Structure of Hæmatopota pluvialis (Meigen) - Number 55
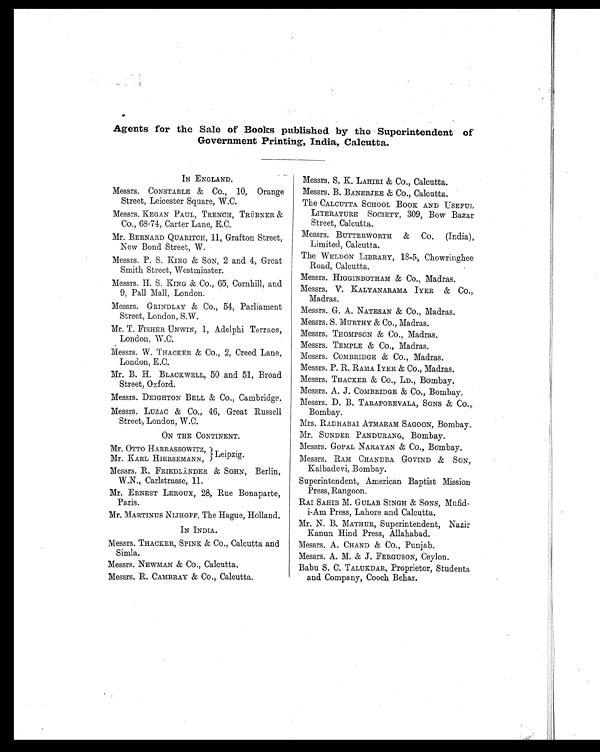
Agents for the Sale of Books published by the Superintendent of
Government Printing, India, Calcutta.
IN ENGLAND.
Messrs. CONSTABLE & Co., 10, Orange
Street, Leicester Square, W.C.
Messrs. KEGAN PAUL, TRENCH, TRÜBNER &
Co., 68-74, Carter Lane, E.C.
Mr. BERNARD QUARITCH, 11, Grafton Street,
New Bond Street, W.
Messrs. P. S. KING & SON, 2 and 4, Great
Smith Street, Westminster.
Messrs. H. S. KING & CO., 65, Cornhill, and
9, Pall Mall, London.
Messrs. GRINDLAY & Co., 54, Parliament
Street, London, S.W.
Mr. T. FISHER UNWIN, 1, Adelphi Terrace,
London, W.C.
Messrs. W. THACKER & Co., 2, Creed Lane,
London, E.C.
Mr. B. H. BLACKWELL, 50 and 51, Broad
Street, Oxford.
Messrs. DEIGHTON BELL & CO., Cambridge.
Messrs. LUZAC & Co., 46, Great Russell
Street, London, W.C.
ON THE CONTINENT.
Mr. OTTO HARRASSOWITZ, }Leipzig
Mr. KARL HIERSEMANN,
Messrs. R. FRIEDLÄNDER & SOHN, Berlin,
.
W.N., Carlstrasse, 11.
Mr. ERNEST LEROUX, 28, Rue Bonaparte,
Paris.
Mr. MARTINUS NIJHOFF, The Hague, Holland.
IN INDIA.
Messrs. THACKER, SPINK & Co., Calcutta and
Simla.
Messrs. NEWMAN & Co., Calcutta.
Messrs. R. CAMBRAY & CO., Calcutta.
Messrs. S. K. LAHIRI & CO., Calcutta.
Messrs. B. BANERJEE & CO., Calcutta.
The CALCUTTA SCHOOL BOOK AND USEFUL
LITERATURE SOCIETY, 309, Bow Bazar
Street, Calcutta.
Messrs. BUTTERWORTH & CO. (India),
Limited, Calcutta.
The WELDON LIBRARY, 18-5, Chowringhee
Road, Calcutta.
Messrs. HIGGINBOTHAM & Co., Madras.
Messrs. V. KALYANARAMA IYER & CO.
,
Madras.
Messrs. G. A. NATESAN & CO., Madras.
Messrs. S. MURTHY & CO., Madras.
Messrs. THOMPSON & Co., Madras.
Messrs. TEMPLE & Co., Madras.
Messrs. COMBRIDGE & Co., Madras.
Messrs. P. R. RAMA IYER & Co., Madras.
Messrs. THACKER & Co., LD., Bombay.
Messrs. A. J. COMBRIDGE & Co., Bombay.
Messrs. D. B. TARAPOREVALA, SONS & CO.,
Bombay.
Mrs. RADHABAI ATMARAM SAGOON, Bombay.
Mr. SUNDER PANDURANG, Bombay.
Messrs. GOPAL NARAYAN & CO., Bombay.
Messrs. RAM CHANDRA GOVIND & SON,
Kalbadevi, Bombay.
Superintendent, American Baptist Mission
Press, Rangoon.
RAI SAHIB M. GULAB SINGH & SONS, Mufid-
i-Am Press, Lahore and Calcutta.
Mr. N. B. MATHUR, Superintendent, Nazir
Kanun Hind Press, Allahabad.
Messrs. A. CHAND & Co., Punjab.
Messrs. A. M. & J. FERGUSON, Ceylon.
Babu S. C. TALUKDAR, Proprietor, Students
and Company, Cooch Behar.